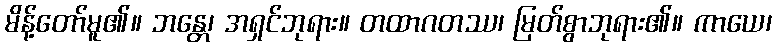
မိန့်တော်မူ၏။ ဘန္တေ၊ အရှင်ဘုရား။ တထာဂတဿ၊ မြတ်စွာဘုရား၏။ ကာယေ၊